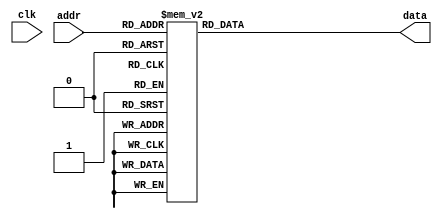
module digits_rom(
//inputs
clk, addr, 
//outputs
data);

(* rom_style = "block" *)

input wire clk;
input wire [7:0] addr;
output reg [7:0] data;

reg [7:0] addr_reg;

always @ (posedge clk)
	addr_reg <= addr;

always @ (*)
begin
	case(addr)
		8'b00000001: data <= 8'b11111111;
		8'b00000011: data <= 8'b11111111;
		8'b00000101: data <= 8'b11111111;
		8'b00000110: data <= 8'b11111111;
		8'b00001000: data <= 8'b11111111;
		8'b00001001: data <= 8'b11111111;
		8'b00001011: data <= 8'b11111111;
		8'b00001101: data <= 8'b11111111;
		8'b00010000: data <= 8'b11111111;
		8'b00010010: data <= 8'b11111111;
		8'b00010011: data <= 8'b11111111;
		8'b00010110: data <= 8'b11111111;
		8'b00011001: data <= 8'b11111111;
		8'b00011011: data <= 8'b11111111;
		8'b00011100: data <= 8'b11111111;
		8'b00011101: data <= 8'b11111111;
		8'b00011111: data <= 8'b11111111;
		8'b00100001: data <= 8'b11111111;
		8'b00100011: data <= 8'b11111111;
		8'b00100110: data <= 8'b11111111;
		8'b00101000: data <= 8'b11111111;
		8'b00101010: data <= 8'b11111111;
		8'b00101011: data <= 8'b11111111;
		8'b00101100: data <= 8'b11111111;
		8'b00101101: data <= 8'b11111111;
		8'b00101110: data <= 8'b11111111;
		8'b00110010: data <= 8'b11111111;
		8'b00110011: data <= 8'b11111111;
		8'b00110100: data <= 8'b11111111;
		8'b00111000: data <= 8'b11111111;
		8'b00111001: data <= 8'b11111111;
		8'b00111010: data <= 8'b11111111;
		8'b00111100: data <= 8'b11111111;
		8'b00111110: data <= 8'b11111111;
		8'b00111111: data <= 8'b11111111;
		8'b01000001: data <= 8'b11111111;
		8'b01000010: data <= 8'b11111111;
		8'b01000011: data <= 8'b11111111;
		8'b01000100: data <= 8'b11111111;
		8'b01000111: data <= 8'b11111111;
		8'b01001010: data <= 8'b11111111;
		8'b01001011: data <= 8'b11111111;
		8'b01001100: data <= 8'b11111111;
		8'b01001101: data <= 8'b11111111;
		8'b01001110: data <= 8'b11111111;
		8'b01010001: data <= 8'b11111111;
		8'b01010010: data <= 8'b11111111;
		8'b01010110: data <= 8'b11111111;
		8'b01010111: data <= 8'b11111111;
		8'b01011000: data <= 8'b11111111;
		8'b01011011: data <= 8'b11111111;
		8'b01011100: data <= 8'b11111111;
		8'b01011101: data <= 8'b11111111;
		8'b01100000: data <= 8'b11111111;
		8'b01100001: data <= 8'b11111111;
		8'b01100011: data <= 8'b11111111;
		8'b01100101: data <= 8'b11111111;
		8'b01100111: data <= 8'b11111111;
		8'b01101001: data <= 8'b11111111;
		8'b01101010: data <= 8'b11111111;
		8'b01101011: data <= 8'b11111111;
		8'b01101110: data <= 8'b11111111;
		8'b01110000: data <= 8'b11111111;
		8'b01110010: data <= 8'b11111111;
		8'b01110101: data <= 8'b11111111;
		8'b01111001: data <= 8'b11111111;
		8'b01111011: data <= 8'b11111111;
		8'b01111101: data <= 8'b11111111;
		8'b01111111: data <= 8'b11111111;
		8'b10000001: data <= 8'b11111111;
		8'b10000011: data <= 8'b11111111;
		8'b10000101: data <= 8'b11111111;
		8'b10001000: data <= 8'b11111111;
		8'b10001010: data <= 8'b11111111;
		8'b10001100: data <= 8'b11111111;
		8'b10001110: data <= 8'b11111111;
		8'b10001111: data <= 8'b11111111;
		8'b10010010: data <= 8'b11111111;
		8'b10010101: data <= 8'b11111111;
		default: data <= 8'b00000000;
	endcase
end

endmodule